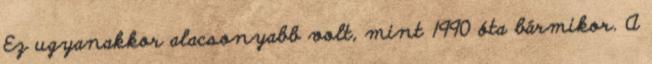
Ez ugyanakkor alacsonyabb volt, mint 1990 óta bármikor. A